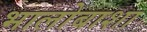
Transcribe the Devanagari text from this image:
भालोबाशा